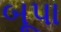
બૂપા